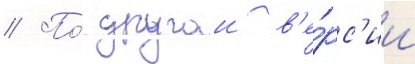
// По́ другои в'е́рс'ии